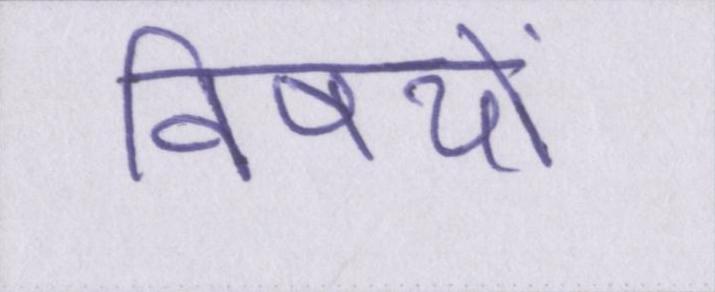
विषयों